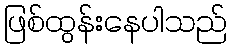
ဖြစ်ထွန်းနေပါသည်